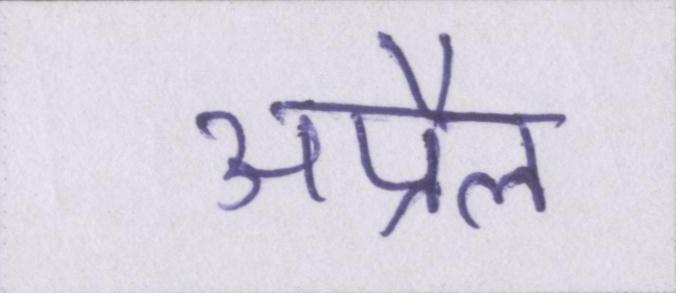
अप्रैल